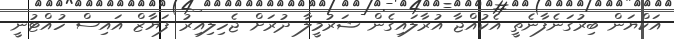
އަކްޔަން ބިރުގަނެފާނެތީ އެކުއްޖާ އުރާލައިގެން ޝަރުމީލާ ދުރަށް ޖެހިލިއިރު ފަޔާޒް އައިސް ހުއްޓުނީ